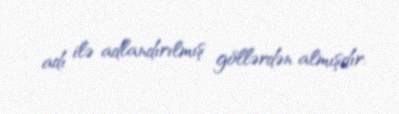
adı ilə adlandırılmış göllərdən almışdır.